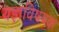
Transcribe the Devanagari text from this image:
यज्ञविषयक